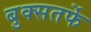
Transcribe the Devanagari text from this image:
बुक्सतर्फे